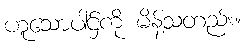
ဟူသောပါဌ်ကို မိန့်သတည်း။